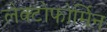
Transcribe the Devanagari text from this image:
लेक्टोफोर्मिन